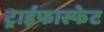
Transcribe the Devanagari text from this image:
ट्राईफास्फेट